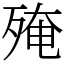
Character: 殗